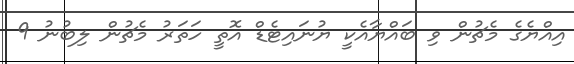
އިއްޔެގެ މެޗުން ވި ބައްޔާއެކީ ޔުނައިޓެޑް އޮތީ ހަތަރު މެޗުން ލިބުނު 9